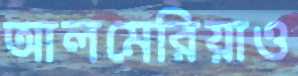
আলমেরিয়াও